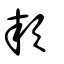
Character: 欮